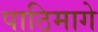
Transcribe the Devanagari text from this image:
पाठिमागे